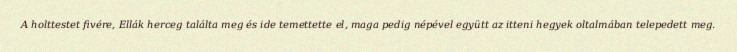
A holttestet fivére, Ellák herceg találta meg és ide temettette el, maga pedig népével együtt az itteni hegyek oltalmában telepedett meg.